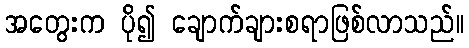
အတွေးက ပို၍ ချောက်ချားစရာဖြစ်လာသည်။